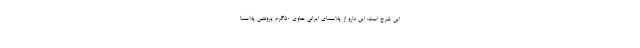
این شرح است: این دارو از پلاسمای ایرانی حاوی ۵۰گرم پروتئین پلاسما